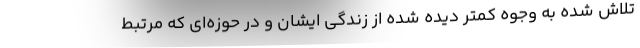
تلاش شده به وجوه کمتر دیده شده از زندگی ایشان و در حوزه‌ای که مرتبط